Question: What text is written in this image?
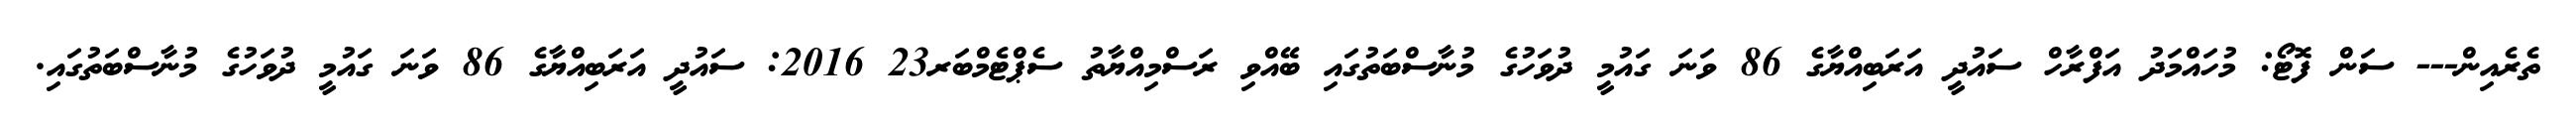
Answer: ތެރެއިން--- ސަން ފޮޓޯ: މުހައްމަދު އަފްރާހް ސައުދީ އަރަބިއްޔާގެ 86 ވަނަ ގައުމީ ދުވަހުގެ މުނާސްބަތުގައި ބޭއްވި ރަސްމިއްޔާތު ސެޕްޓެމްބަރ23 2016: ސައުދީ އަރަބިއްޔާގެ 86 ވަނަ ގައުމީ ދުވަހުގެ މުނާސްބަތުގައި.